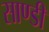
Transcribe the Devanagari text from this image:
साण्‍डी